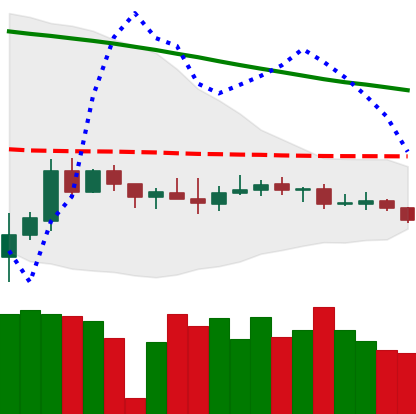
Ticker: XMR-USD
Chart end date: 2019-12-14
Forward return: -7.227%
Label: down_7plus